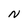
Character: N